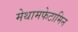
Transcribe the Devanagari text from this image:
मेथामफेटामिन